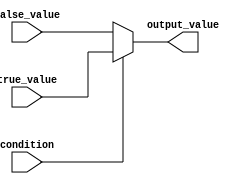
module conditional_assignment (
    input wire condition,          // Boolean condition input
    input wire [7:0] true_value,  // Value assigned if condition is true
    input wire [7:0] false_value, // Value assigned if condition is false
    output reg [7:0] output_value  // Output variable
);

// Behavioral block using the conditional operator
always @(*) begin
    output_value = condition ? true_value : false_value; // Conditional assignment
end

endmodule